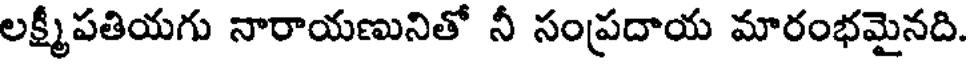
లక్ష్మీపతియగు నారాయణునితో నీ సంప్రదాయ మారంభమైనది.